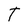
Character: T